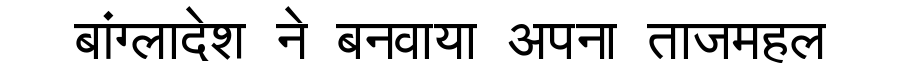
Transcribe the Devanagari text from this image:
बांग्लादेश ने बनवाया अपना ताजमहल